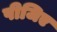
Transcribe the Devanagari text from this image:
पीजिए